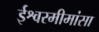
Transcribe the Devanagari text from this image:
ईश्वरमीमांसा